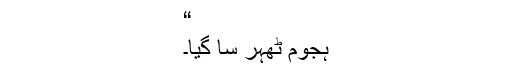
“
ہجوم ٹھہر سا گیا۔